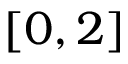
[ 0 , 2 ]